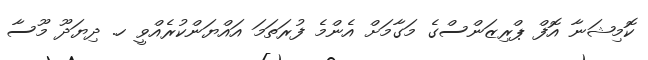
ކޮމިޝަނާ އޮފް ޕްރިޒަންސްގެ މަގާމަށް އެންމެ ފުރަތަމަ އައްޔަންކުރެއްވީ ހ. ދިޔަދޫ މޫސާ